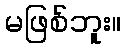
မဖြစ်ဘူး။